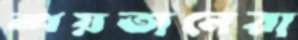
শয়তানেরা